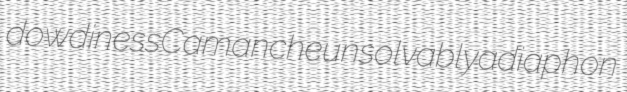
dowdiness Camanche unsolvably adiaphon